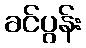
ခင်ပွန်း